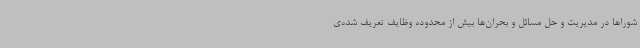
شوراها در مدیریت و حل مسائل و بحران‌ها بیش از محدوده وظایف تعریف شده‌ی